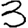
Digit: 3